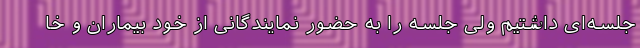
جلسه‌ای داشتیم ولی جلسه را به حضور نمایندگانی از خود بیماران و خا